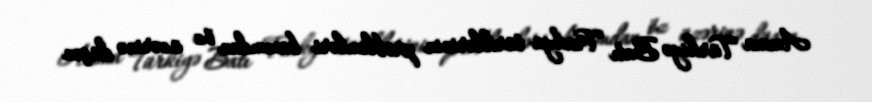
Amma Türkiyə Batı Trakya türklərinin problemləri baxımdan öz üzərinə düşən